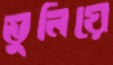
ভুলিয়ে